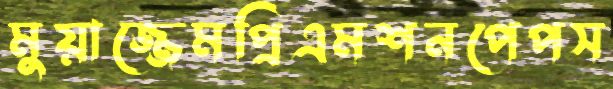
মুয়াজ্জেমপ্রিএমশনপেপস